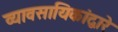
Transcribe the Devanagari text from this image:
व्यावसायिकांद्वारे